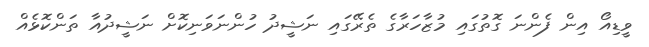
ވީޑިއޯ އިން ފެންނަ ގޮތުގައި މުޒާހަރާގެ ތެރޭގައި ނަޝީދު ހުންނަވަނިކޮށް ނަޝީދުއާ ތަންކޮޅެއް